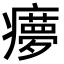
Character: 𤻟